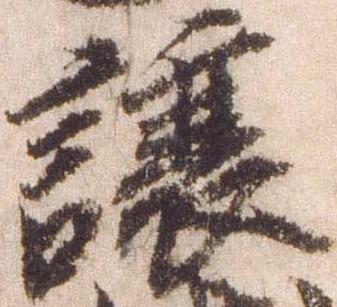
譲